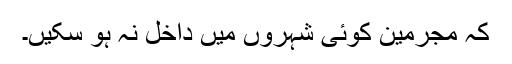
کہ مجرمین کوئی شہروں میں داخل نہ ہو سکیں۔